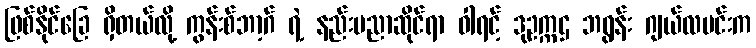
ဖြစ်နိုင်ခြေ ရှိတယ်လို့ ကွန်းစ်ဘာ့ဂ် ရဲ့ နည်းပညာဆိုင်ရာ ဝါရင့် ဒုဥက္ကဌ ဘရွန်း ဂျယ်လဗင်းက